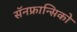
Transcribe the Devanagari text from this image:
सॅनफ्रान्सिको